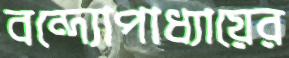
বন্দ্যোপাধ্যায়ের